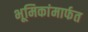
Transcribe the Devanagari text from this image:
भूमिकांमार्फत